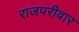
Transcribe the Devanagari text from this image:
राजपरीवार